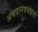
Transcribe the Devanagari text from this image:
अघदानवसंहर्ता